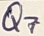
Text: Q7